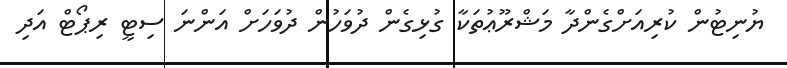
ޔުނިޓުން ކުރިއަށްގެންދާ މަޝްރޫޢުތަކާ ގުޅިގެން ދުވަހުން ދުވަހަށް އަންނަ ސިޓީ ރިޕޯޓް އަދި